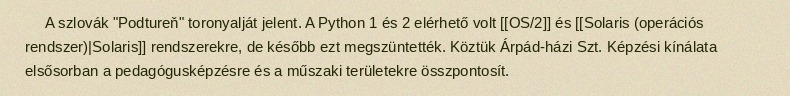
A szlovák "Podtureň" toronyalját jelent. A Python 1 és 2 elérhető volt [[OS/2]] és [[Solaris (operációs rendszer)|Solaris]] rendszerekre, de később ezt megszüntették. Köztük Árpád-házi Szt. Képzési kínálata elsősorban a pedagógusképzésre és a műszaki területekre összpontosít.